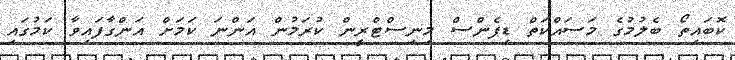
ކޮބައިތޯ ބެލުމުގެ މަސައްކަތް ޑިފެންސް މިނިސްޓްރީން ކުރަމުން އަންނަ ކަމަށް އަންގާފައިވާ ކަމުގައި